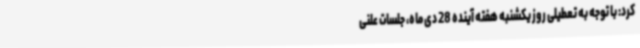
کرد: با توجه به تعطیلی روز یکشنبه هفته آینده 28 دی ماه، جلسات علنی